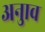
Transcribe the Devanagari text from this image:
अनुाव